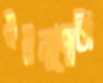
ময়লাপোতা